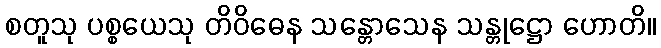
စတူသု ပစ္စယေသု တိဝိဓေန သန္တောသေန သန္တုဋ္ဌော ဟောတိ။